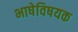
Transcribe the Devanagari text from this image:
भाषेविषयक